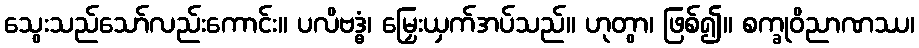
သွေးသည်သော်လည်းကောင်း။ ပလိဗဒ္ဓံ၊ မြှေးယှက်အပ်သည်။ ဟုတွာ၊ ဖြစ်၍။ စက္ခုဝိညာဏဿ၊